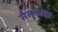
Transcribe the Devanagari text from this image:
सैलूलाइड